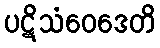
ပဋိသံဝေဒေတိ